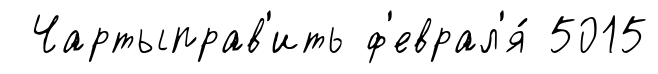
Чартыправ'ить ф'еврал'я́ 5015